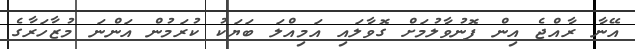
އޭނާ ރާއްޖެ އިން ފޮނުވާލުމަށް ގޮވާލައި އަމިއްލަ ބަޔަކު ކުރަމުން އަންނަ މުޒާހަރާގެ